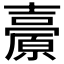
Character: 𡕊